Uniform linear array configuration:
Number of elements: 24
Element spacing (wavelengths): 1
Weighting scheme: exponential
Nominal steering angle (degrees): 60
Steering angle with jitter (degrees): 59.925
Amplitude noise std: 0.05
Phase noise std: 0.05

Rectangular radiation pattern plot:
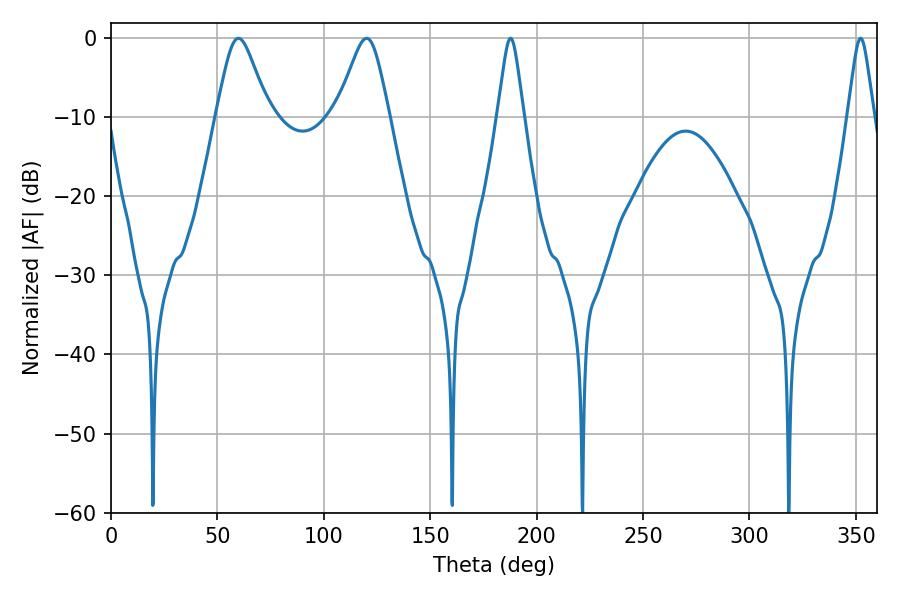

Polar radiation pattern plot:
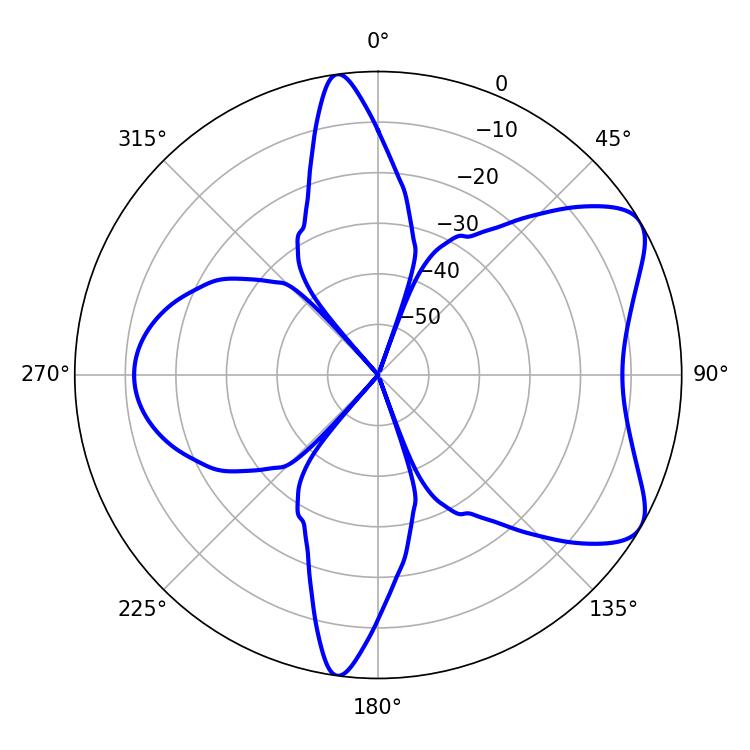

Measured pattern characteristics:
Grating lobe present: TRUE
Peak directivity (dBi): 7.021
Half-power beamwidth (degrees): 5.76
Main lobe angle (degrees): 187.74